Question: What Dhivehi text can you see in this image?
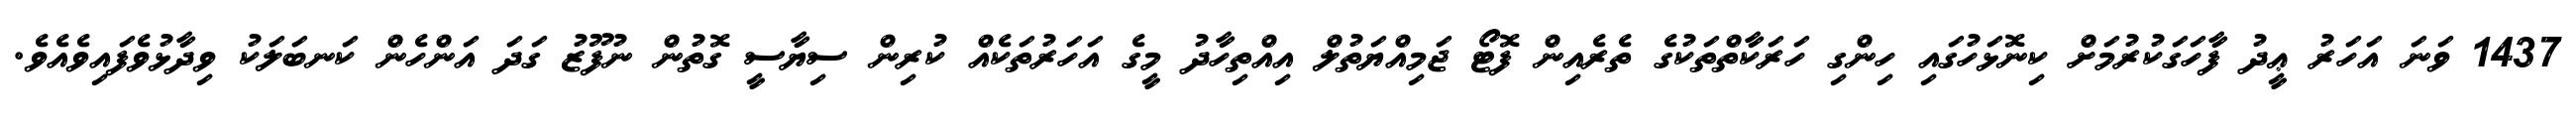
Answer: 1437 ވަނަ އަހަރު ޢީދު ފާހަގަކުރުމަށް ކިނޮޅަހުގައި ހިންގި ހަރަކާތްތަކުގެ ތެރެއިން ފޮޓޯ ޖަމިއްޔަތުލް އިއްތިހާދު މީގެ އަހަރުތަކެއް ކުރިން ސިޔާސީ ގޮތުން ނުފޫޒު ގަދަ އަންހެން ކަނބަލަކު ވިދާޅުވެފައިވެއެވެ.